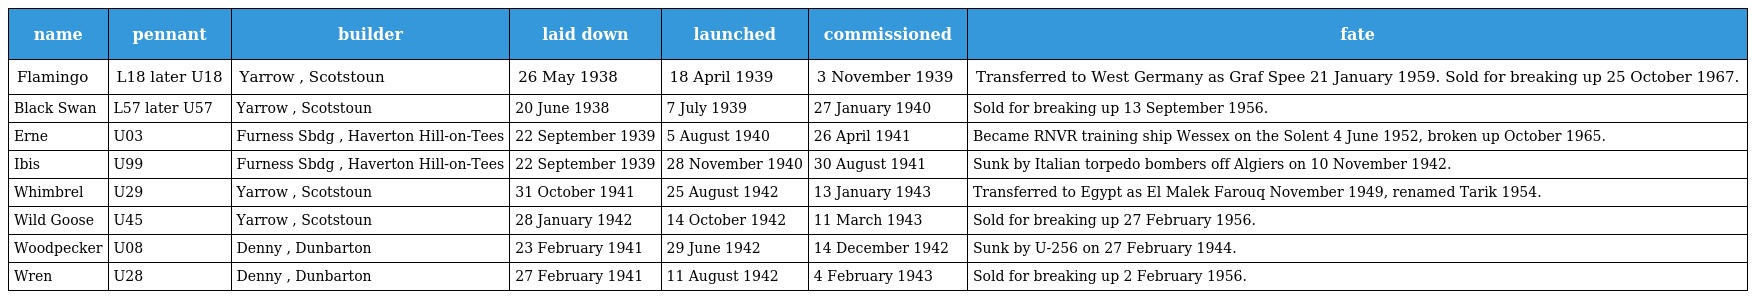
| name | pennant | builder | laid down | launched | commissioned | fate |
 | --- | --- | --- | --- | --- | --- | --- |
 | Flamingo | L18 later U18 | Yarrow , Scotstoun | 26 May 1938 | 18 April 1939 | 3 November 1939 | Transferred to West Germany as Graf Spee 21 January 1959. Sold for breaking up 25 October 1967. |
 | Black Swan | L57 later U57 | Yarrow , Scotstoun | 20 June 1938 | 7 July 1939 | 27 January 1940 | Sold for breaking up 13 September 1956. |
 | Erne | U03 | Furness Sbdg , Haverton Hill-on-Tees | 22 September 1939 | 5 August 1940 | 26 April 1941 | Became RNVR training ship Wessex on the Solent 4 June 1952, broken up October 1965. |
 | Ibis | U99 | Furness Sbdg , Haverton Hill-on-Tees | 22 September 1939 | 28 November 1940 | 30 August 1941 | Sunk by Italian torpedo bombers off Algiers on 10 November 1942. |
 | Whimbrel | U29 | Yarrow , Scotstoun | 31 October 1941 | 25 August 1942 | 13 January 1943 | Transferred to Egypt as El Malek Farouq November 1949, renamed Tarik 1954. |
 | Wild Goose | U45 | Yarrow , Scotstoun | 28 January 1942 | 14 October 1942 | 11 March 1943 | Sold for breaking up 27 February 1956. |
 | Woodpecker | U08 | Denny , Dunbarton | 23 February 1941 | 29 June 1942 | 14 December 1942 | Sunk by U-256 on 27 February 1944. |
 | Wren | U28 | Denny , Dunbarton | 27 February 1941 | 11 August 1942 | 4 February 1943 | Sold for breaking up 2 February 1956. |